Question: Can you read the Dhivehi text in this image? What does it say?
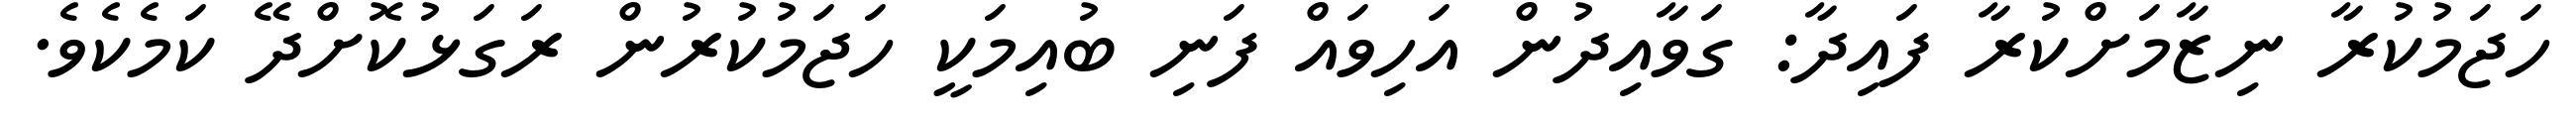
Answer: ހަޖަމުކުރާ ނިޒާމަށްކުރާ ފައިދާ: ގަވާއިދުން އަހިވައް ފަނި ބުއިމަކީ ހަޖަމުކުރުން ރަގަޅުކޮށްދޭ ކަމެކެވެ.